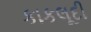
કાકલૂદી